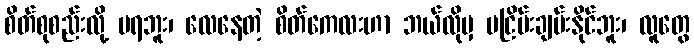
စိတ်စုစည်းလို့ မရဘူး၊ လေနေတဲ့ စိတ်ကေလးဟာ ဘယ်လိုမှ မငြိမ်းချမ်းနိုင်ဘူး၊ လူတွေ